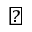
\natural